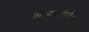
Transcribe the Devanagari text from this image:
कावजीने